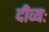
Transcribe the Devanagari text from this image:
दीव्यः